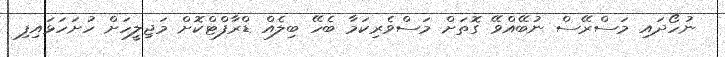
ނުހޯދައި މަސްރޭސް ނުބޭއްވޭ ގޮތަށް މަސްވެރިކަމާ ބެހޭ ބިލެއް ޑްރާފްޓްކޮށް މަޖިލީހަށް ހުށަހަޅައިފި